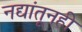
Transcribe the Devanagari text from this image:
नद्यांतूनही